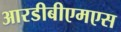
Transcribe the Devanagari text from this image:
आरडीबीएमएस